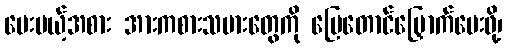
ပေးမယ့်အစား အားကစားသမားတွေကို မြေတောင်မြှောက်ပေးဖို့၊